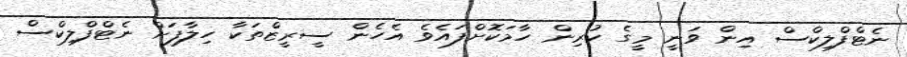
ނެޓްފްލިކްސް އިން ވަނީ މީގެ ކުރިން ހާމަކޮށްފައެވެ އެހެން ސީރީޒްތަކާ ހިލާފަށް ނެޓްފްލިކްސް